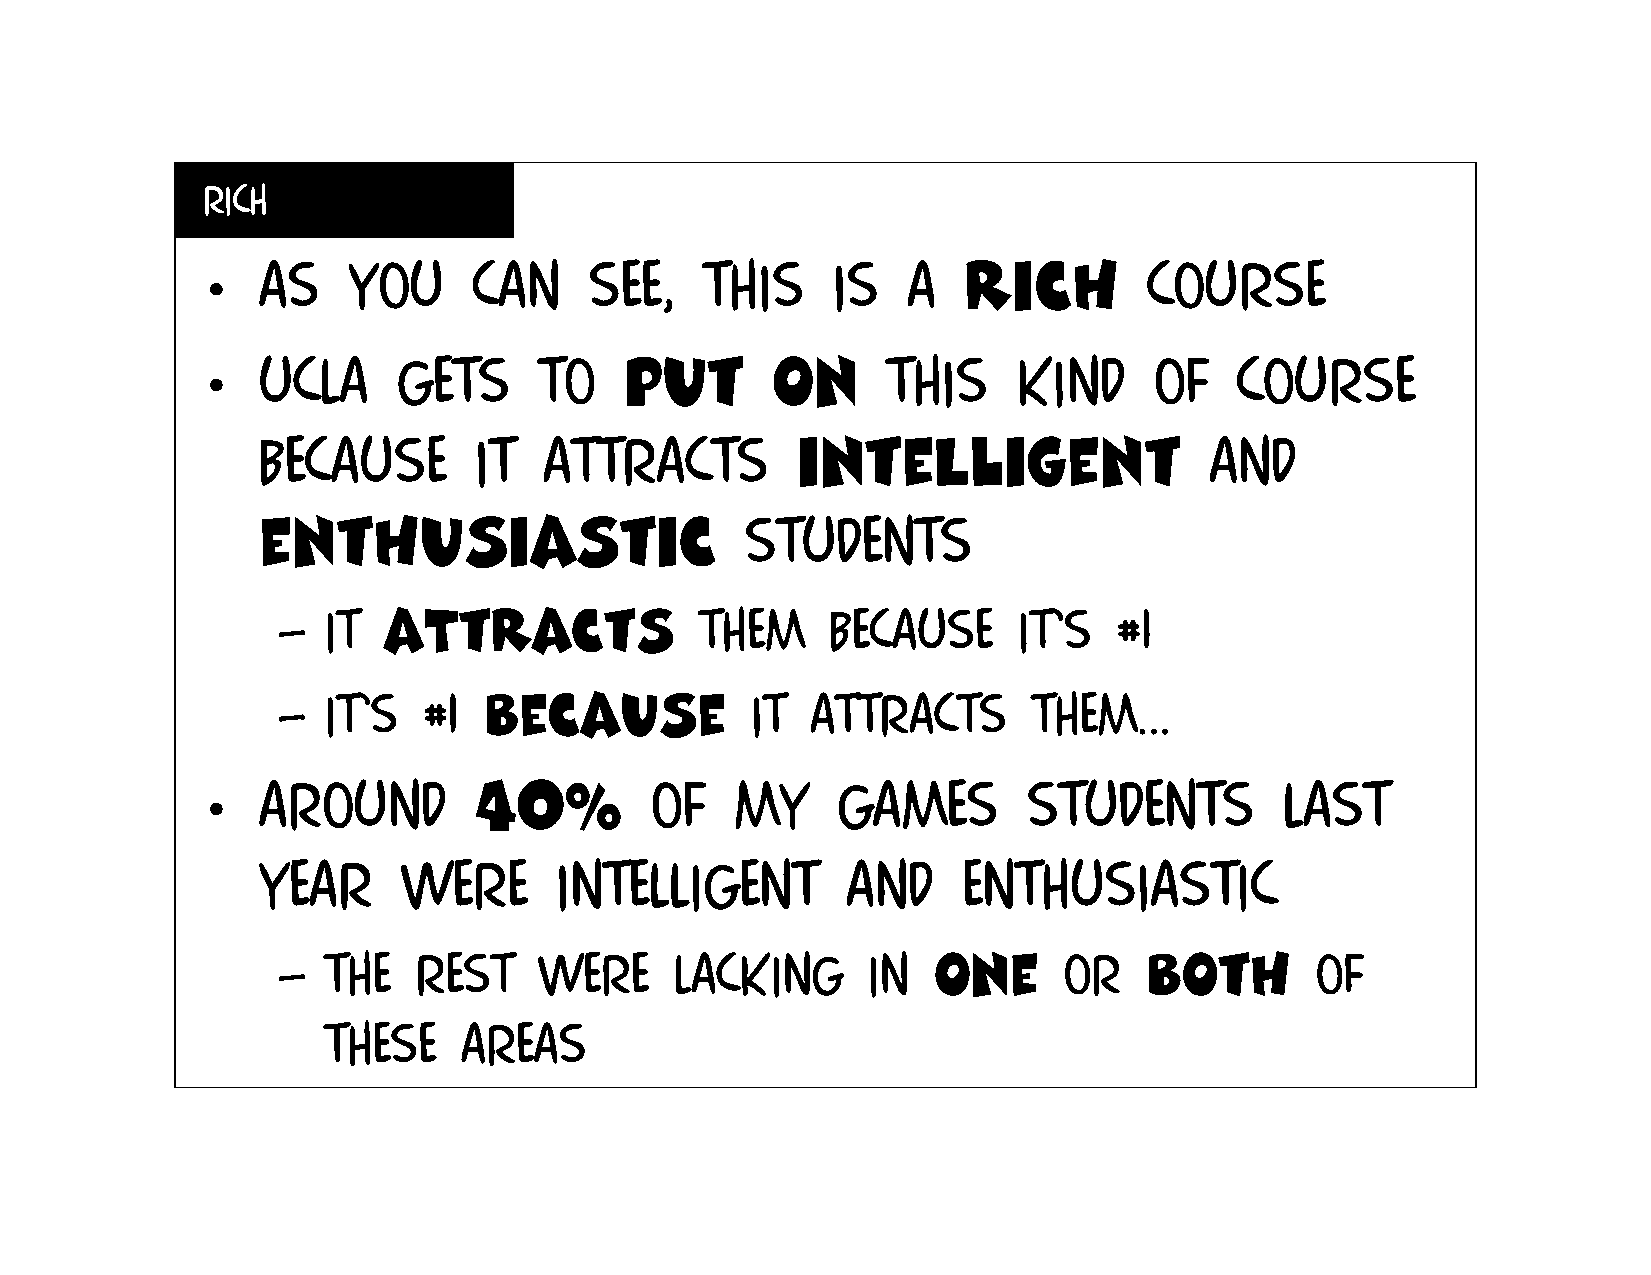
rich
 •   As    you     can     see,    this    is   a   rich        course
 •   Ucla     gets      to   put       on      this    kind     of    course
 because       it   attracts         inteLligent                and
 enthusiastic                    students
 –  It  aTtracts             them     because     it’s   #1
 –  It’s   #1  because           it  attracts      them…
 •   Around        40%         of    my    games        students         last
 year      were      intelligent        and     enthusiastic
 –  The   rest     were     lacking     in   one     or    both       of
 these     areas